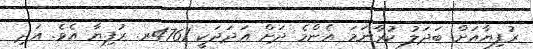
ރުފިޔާއަށް ބަދަލު ކުރާނަމަ އެންމެ ދަށް އަދަދަކީ 4761ރ. ރުފިޔާ އެވެ. އަދި